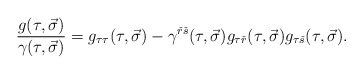
\begin{align*}{{g(\tau ,\vec \sigma )}\over {\gamma (\tau ,\vec \sigma )}}=g_{\tau\tau}(\tau ,\vec \sigma )-\gamma^{{\check r}{\check s}}(\tau ,\vec \sigma )g_{\tau {\check r}}(\tau ,\vec \sigma )g_{\tau {\check s}}(\tau ,\vec \sigma ).\end{align*}